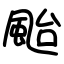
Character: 颱